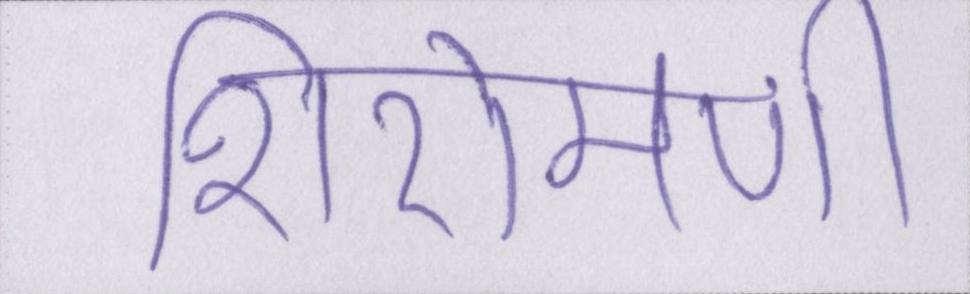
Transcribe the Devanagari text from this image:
शिरोमणी